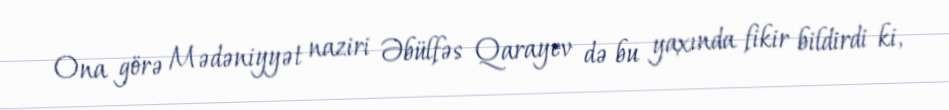
Ona görə Mədəniyyət naziri Əbülfəs Qarayev də bu yaxında fikir bildirdi ki,